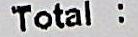
TOTAL :